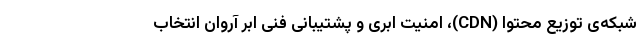
شبکه‌ی توزیع محتوا (CDN)، امنیت ابری و پشتیبانی فنی ابر آروان انتخاب